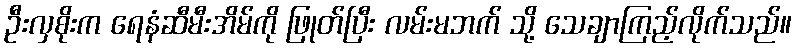
ဦးလှစိုးက ရေနံဆီမီးအိမ်ကို ဖြုတ်ပြီး လမ်းမဘက် သို့ သေချာကြည့်လိုက်သည်။